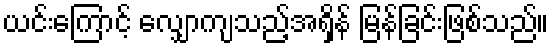
ယင်းကြောင့် လျှောကျသည့်အရှိန် မြန်ခြင်းဖြစ်သည်။